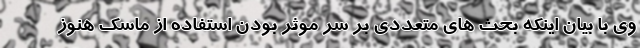
وی با بیان اینکه بحث های متعددی بر سر موثر بودن استفاده از ماسک هنوز